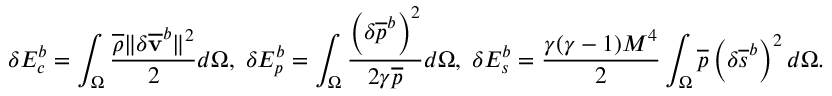
\delta E _ { c } ^ { b } = \int _ { \Omega } \frac { \overline { { \rho } } \| \delta { \mathbf { \overline { { v } } } } ^ { b } \| ^ { 2 } } { 2 } d \Omega , \; \delta E _ { p } ^ { b } = \int _ { \Omega } \frac { \left( \delta \overline { { p } } ^ { b } \right) ^ { 2 } } { 2 \gamma \overline { { p } } } d \Omega , \; \delta E _ { s } ^ { b } = \frac { \gamma ( \gamma - 1 ) M ^ { 4 } } { 2 } \int _ { \Omega } \overline { { p } } \left( \delta { { \overline { { s } } } } ^ { b } \right) ^ { 2 } d \Omega .